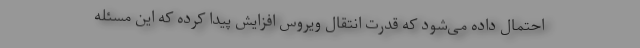
احتمال داده می‌شود که قدرت انتقال ویروس افزایش پیدا کرده که این مسئله